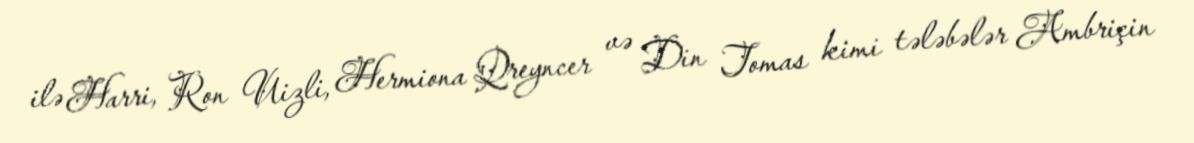
ilə Harri, Ron Uizli, Hermiona Qreyncer və Din Tomas kimi tələbələr Ambriçin